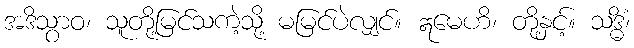
အဒိသွာဝ၊ သူတို့မြင်သကဲ့သို့ မမြင်ပဲလျှင်။ ဣမေဟိ၊ တို့နှင့်။ သဒ္ဓိံ၊